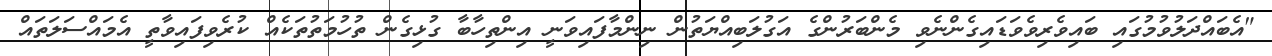
"އެބައްދަލުވުމުގައި ބައިވެރިވެވަޑައިގެންނެވި މެންބަރުންގެ އަގުލަބިއްޔަތުން ނިންމާފައިވަނީ އިންތިހާބާ ގުޅިގެން ތުހުމަތުތަކެއް ކުރެވިފައިވާތީ އެމައްސަލަތައް